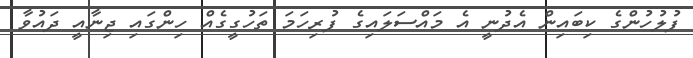
ފުލުހުންގެ ކިބައިން އެދުނީ އެ މައްސަލައިގެ ފުރިހަމަ ތަހުގީގެއް ހިންގައި ޖިނާއީ ދައުވާ